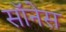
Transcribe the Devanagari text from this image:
सॉनेस